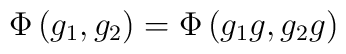
\Phi \left( g_1,g_2\right) =\Phi \left( g_1g,g_2g\right)